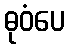
ဓုဝံပေ